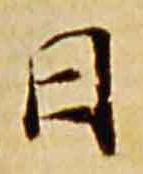
日